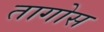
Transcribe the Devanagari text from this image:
तागोस